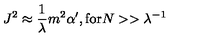
J ^ { 2 } \approx \frac { 1 } { \lambda } m ^ { 2 } \alpha ^ { \prime } , \mathrm { f o r } N > > \lambda ^ { - 1 }